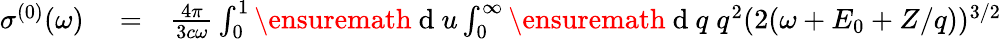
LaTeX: \begin{array}{rlr}{\sigma^{(0)}(\omega)}&{{}=}&{\frac{4\pi}{3c\omega}\int_{0}^{1}\ensuremath{\mathrm{~d~}}u\int_{0}^{\infty}\ensuremath{\mathrm{~d~}}q\; q^{2}(2(\omega+E_{0}+Z/q))^{3/2}}\end{array}